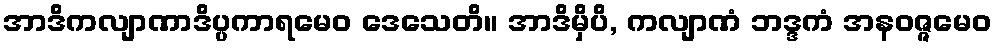
အာဒိကလျာဏာဒိပ္ပကာရမေဝ ဒေသေတိ။ အာဒိမှိပိ, ကလျာဏံ ဘဒ္ဒကံ အနဝဇ္ဇမေဝ